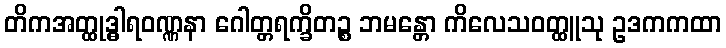
တိကအတ္ထုဒ္ဓါရဝဏ္ဏနာ ဂေါတ္တရက္ခိတဉ္စ ဘမန္တော ကိလေသဝတ္ထူသု ဥဒကကထာ